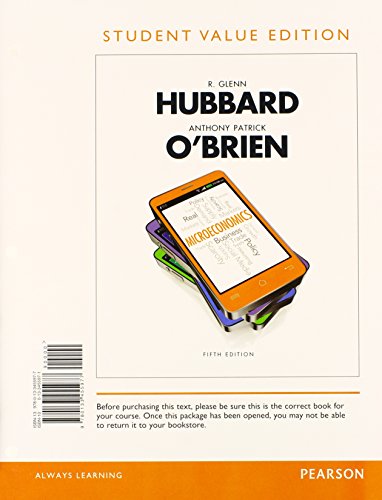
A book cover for Microeconomics, Student Value Edition Plus NEW MyEconLab with Pearson eText (1-semester access) -- Access Card Package (5th Edition); Glenn P. Hubbard; Business & Money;